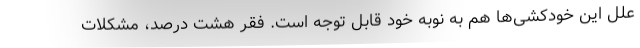
علل این خودکشی‌ها هم به نوبه خود قابل توجه است. فقر هشت درصد، مشکلات